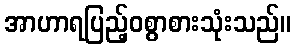
အာဟာရပြည့်ဝစွာစားသုံးသည်။